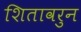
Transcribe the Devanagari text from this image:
शितावरुन